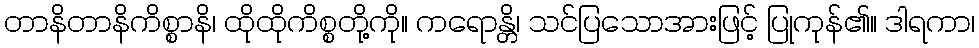
တာနိတာနိကိစ္စာနိ၊ ထိုထိုကိစ္စတို့ကို။ ကရောန္တိ၊ သင်ပြသောအားဖြင့် ပြုကုန်၏။ ဒါရကာ၊